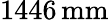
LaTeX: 1446\, \mathrm{mm}